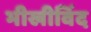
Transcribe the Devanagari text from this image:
भीखीविंद